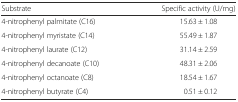
<table><thead><tr><td><b>Substrate</b></td><td><b>Specific activity (U/mg)</b></td></tr></thead><tbody><tr><td>4-nitrophenyl palmitate (C16)</td><td>15.63 ± 1.08</td></tr><tr><td>4-nitrophenyl myristate (C14)</td><td>55.49 ± 1.87</td></tr><tr><td>4-nitrophenyl laurate (C12)</td><td>31.14 ± 2.59</td></tr><tr><td>4-nitrophenyl decanoate (C10)</td><td>48.31 ± 2.06</td></tr><tr><td>4-nitrophenyl octanoate (C8)</td><td>18.54 ± 1.67</td></tr><tr><td>4-nitrophenyl butyrate (C4)</td><td>0.51 ± 0.12</td></tr></tbody></table>